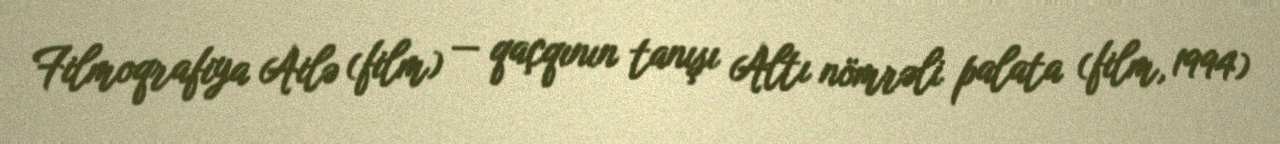
Filmoqrafiya Ailə (film) — qaçqının tanışı Altı nömrəli palata (film, 1994)